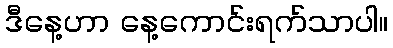
ဒီနေ့ဟာ နေ့ကောင်းရက်သာပါ။